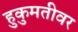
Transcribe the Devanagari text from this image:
हुकुमतीवर